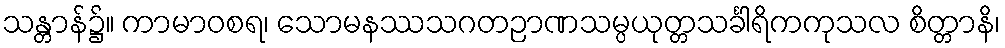
သန္တာန်၌။ ကာမာဝစရ၊ သောမနဿသဂတဉာဏသမ္ပယုတ္တသင်္ခါရိကကုသလ စိတ္တာနိ၊